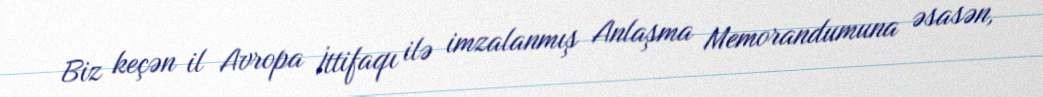
Biz keçən il Avropa İttifaqı ilə imzalanmış Anlaşma Memorandumuna əsasən,